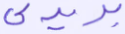
بريدي